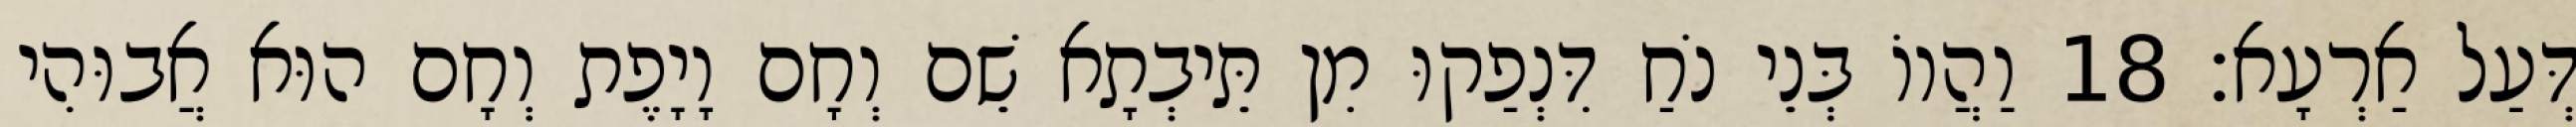
דְּעַל אַרְעָא׃ 18 וַהֲווֹ בְּנֵי נֹחַ דִּנְפַקוּ מִן תֵּיבְתָא שֵׁם וְחָם וָיָפֶת וְחָם הוּא אֲבוּהִי